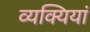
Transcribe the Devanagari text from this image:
व्यक्यियां